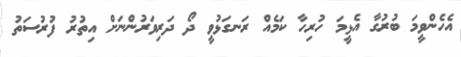
އެހެންވީމަ ބުރުގާ އެޅީމަ ހުރިހާ ކަމެއް ރަނގަޅުވީ ދޯ ދަރިވަރުންނަށް އިތުރު ފުރުސަތު